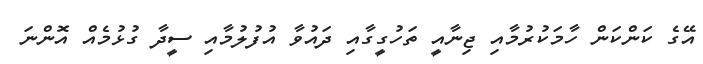
އޭގެ ކަންކަން ހާމަކުރުމާއި ޖިނާއީ ތަހުގީގާއި ދައުވާ އުފުލުމާއި ސީދާ ގުޅުމެއް އޮންނަ